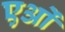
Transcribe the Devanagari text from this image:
एओं